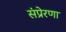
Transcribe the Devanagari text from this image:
संप्रेरणा